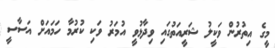
މީގެ އިތުރުން ވަކީލު ޝަރީއަތުގައި ވިދާޅުވީ އުމަރު ވަކި ކުރުމާ ހަމައަށް އަސާސީ